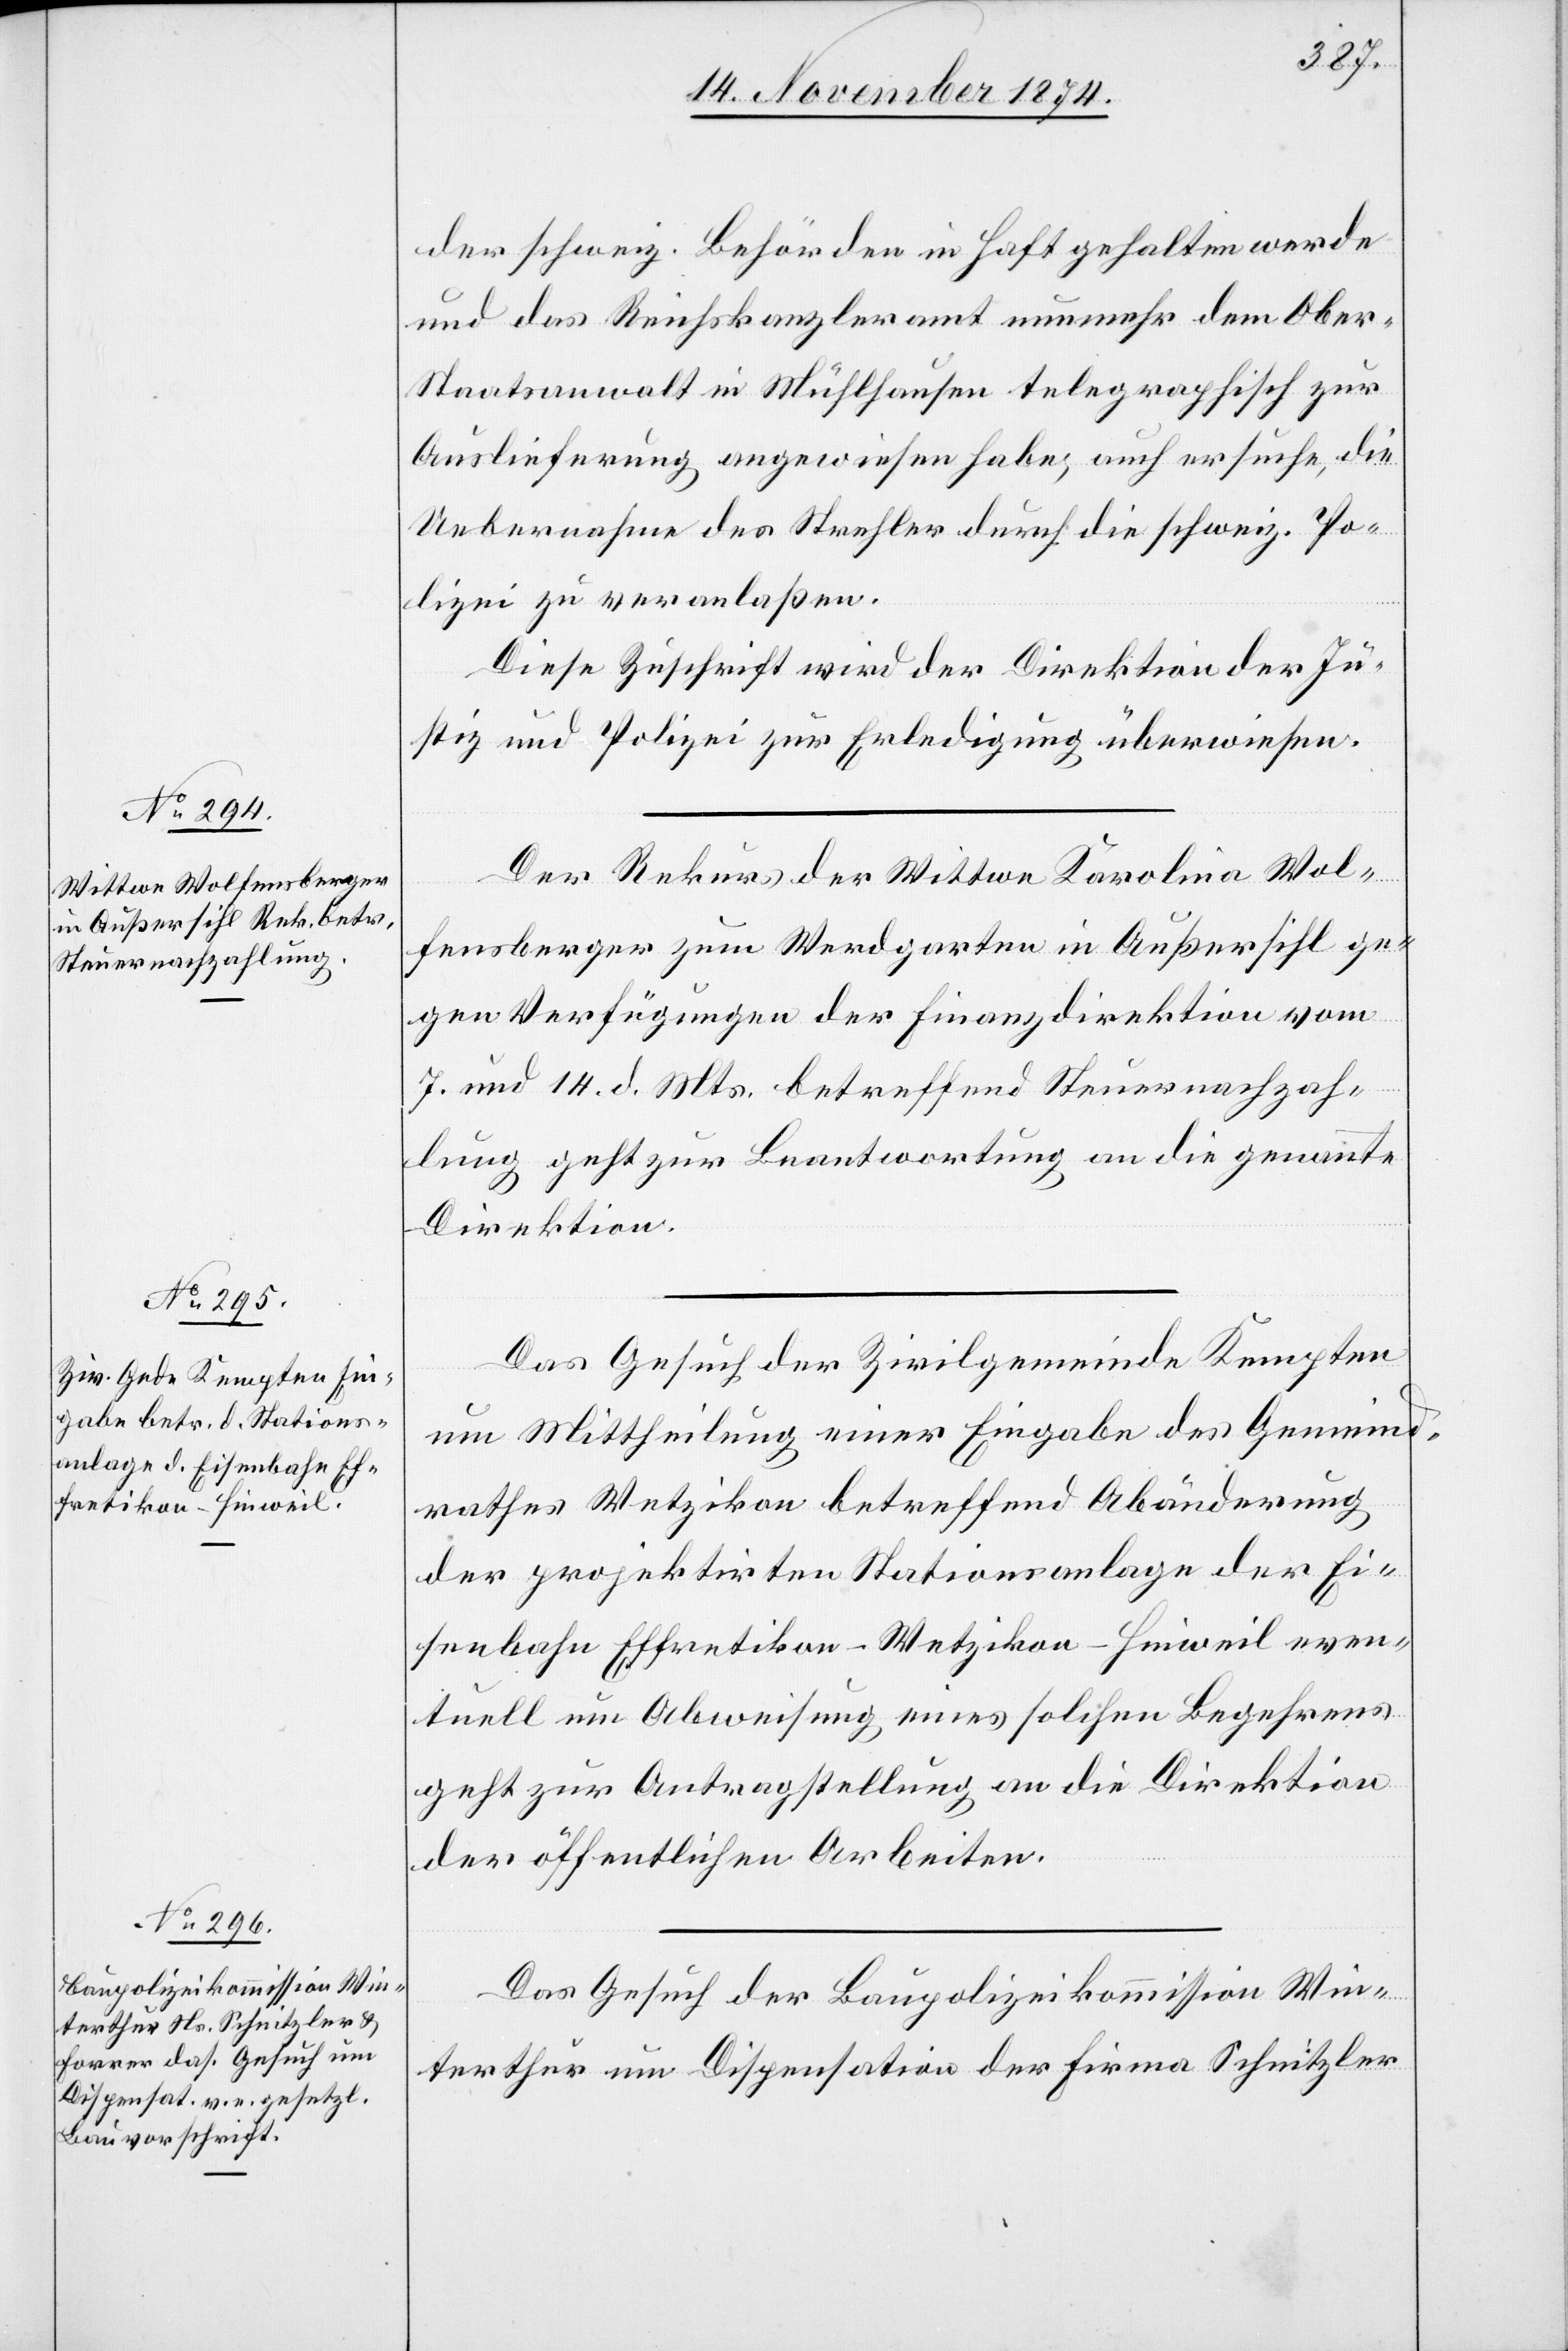
16. November 1874.]
der schweiz. Behörden in Haft gehalten werde
und das Reichskanzleramt nunmehr dem Obe¬
r-Staatsanwalt in Mühlhausen telegraphisch zur
Auslieferung angewiesen habe, auch ersuche, die
Uebernahme des Strehler durch die schweiz. Po¬
lizei zu veranlaßen.
Diese Zuschrift wird der Direktion der Ju¬
stiz und Polizei zur Erledigung überwiesen.
Der Rekus der Wittwe Karolina Wol¬
fensberger zum Werdgarten in Außersihl ge¬
gen Verfügungen der Finanzdirektion vom
7. und 14. d. Mts. betreffend Steuernachzah¬
lung geht zur Beantwortung an die genannte
Direktion.
Das Gesuch der Zivilgemeinde Kempten
um Mittheilung einer Eingabe des Gemeind¬
rathes Wetzikon betreffend Abänderung
der projektirten Stationsanlage der Ei¬
senbahn Effretikon–Wetzikon–Hinweil even¬
tuell um Abweisung eines solchen Begehrens
geht zur Antragstellung an die Direktion
der öffentlichen Arbeiten.
Das Gesuch der Baupolizeikommission Win¬
terthur um Dispensation der Firma Schnitzler